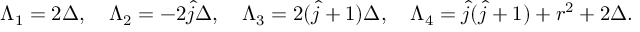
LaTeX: \Lambda _ { 1 } = 2 \Delta , \quad \Lambda _ { 2 } = - 2 \hat { j } \Delta , \quad \Lambda _ { 3 } = 2 ( \hat { j } + 1 ) \Delta , \quad \Lambda _ { 4 } = \hat { j } ( \hat { j } + 1 ) + r ^ { 2 } + 2 \Delta .